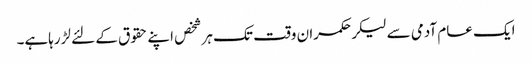
ایک عام آدمی سے لیکرحکمران وقت تک ہرشخص اپنے حقوق کے لئے لڑرہاہے۔